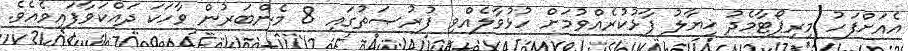
އެއަށްފަހު މިރިޕޯޓާމެދު ޚިޔާލު ފާޅުކުރެއްވުމަށް ހުޅުވާލެއްވި ފުރުޞަތުގައި 8 މެންބަރުން ވާހަކަ ދައްކަވާފައިވެއެވެ.